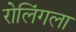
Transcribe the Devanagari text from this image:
रोलिंगला